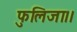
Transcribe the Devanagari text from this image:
फुलिजा।।